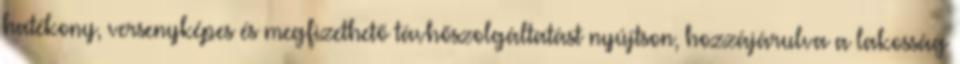
hatékony, versenyképes és megfizethető távhőszolgáltatást nyújtson, hozzájárulva a lakosság